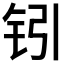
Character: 𰽣